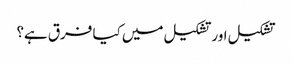
تشکیل اور تشکیل میں کیا فرق ہے؟